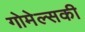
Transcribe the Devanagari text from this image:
गोमेल्सकी